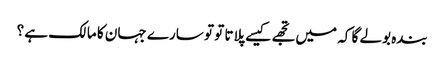
بندہ بولے گا کہ میں تجھے کیسے پلاتا تو تو سارے جہان کا مالک ہے ؟